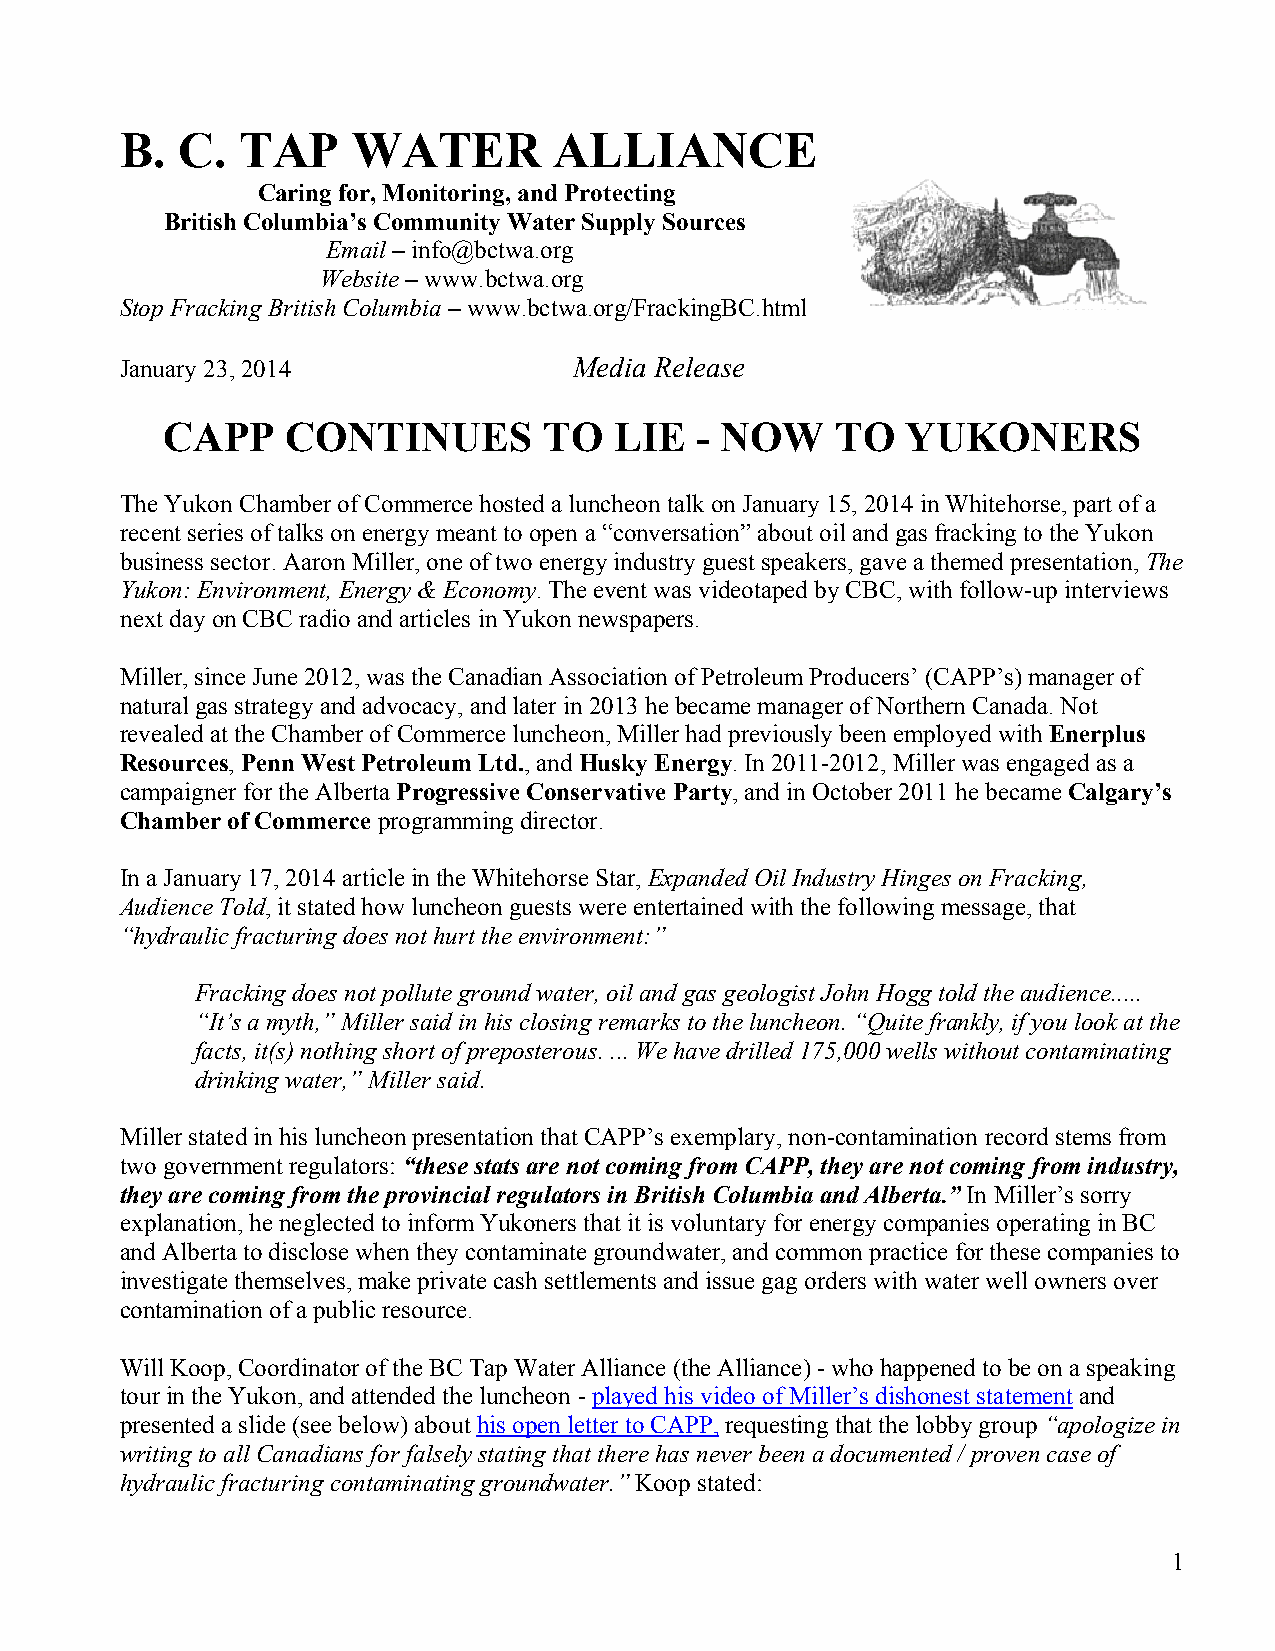
B.  C.  TAP    WATER         ALLIANCE
 Caring for, Monitoring, and Protecting
 British Columbia’s Community Water Supply Sources
 Email – info@bctwa.org
 Website – www.bctwa.org
 Stop Fracking British Columbia – www.bctwa.org/FrackingBC.html
 January 23, 2014              Media Release
 CAPP    CONTINUES        TO   LIE  - NOW    TO   YUKONERS
 The Yukon Chamber of Commerce hosted a luncheon talk on January 15, 2014 in Whitehorse, part of a
 recent series of talks on energy meant to open a “conversation” about oil and gas fracking to the Yukon
 business sector. Aaron Miller, one of two energy industry guest speakers, gave a themed presentation, The
 Yukon: Environment, Energy & Economy. The event was videotaped by CBC, with follow-up interviews
 next day on CBC radio and articles in Yukon newspapers.
 Miller, since June 2012, was the Canadian Association of Petroleum Producers’ (CAPP’s) manager of
 natural gas strategy and advocacy, and later in 2013 he became manager of Northern Canada. Not
 revealed at the Chamber of Commerce luncheon, Miller had previously been employed with Enerplus
 Resources, Penn West Petroleum Ltd., and Husky Energy. In 2011-2012, Miller was engaged as a
 campaigner for the Alberta Progressive Conservative Party, and in October 2011 he became Calgary’s
 Chamber of Commerce programming director.
 In a January 17, 2014 article in the Whitehorse Star, Expanded Oil Industry Hinges on Fracking,
 Audience Told, it stated how luncheon guests were entertained with the following message, that
 “hydraulic fracturing does not hurt the environment:”
 Fracking does not pollute ground water, oil and gas geologist John Hogg told the audience.....
 “It’s a myth,” Miller said in his closing remarks to the luncheon. “Quite frankly, if you look at the
 facts, it(s) nothing short of preposterous. ... We have drilled 175,000 wells without contaminating
 drinking water,” Miller said.
 Miller stated in his luncheon presentation that CAPP’s exemplary, non-contamination record stems from
 two government regulators: “these stats are not coming from CAPP, they are not coming from industry,
 they are coming from the provincial regulators in British Columbia and Alberta.” In Miller’s sorry
 explanation, he neglected to inform Yukoners that it is voluntary for energy companies operating in BC
 and Alberta to disclose when they contaminate groundwater, and common practice for these companies to
 investigate themselves, make private cash settlements and issue gag orders with water well owners over
 contamination of a public resource.
 Will Koop, Coordinator of the BC Tap Water Alliance (the Alliance) - who happened to be on a speaking
 tour in the Yukon, and attended the luncheon - played his video of Miller’s dishonest statement and
 presented a slide (see below) about his open letter to CAPP, requesting that the lobby group “apologize in
 writing to all Canadians for falsely stating that there has never been a documented / proven case of
 hydraulic fracturing contaminating groundwater.” Koop stated:
 1